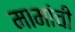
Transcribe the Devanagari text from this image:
मामांची